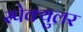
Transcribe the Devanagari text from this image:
स्पेक्युलर